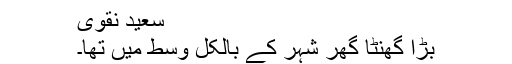
سعید نقوی
بڑا گھنٹا گھر شہر کے بالکل وسط میں تھا۔